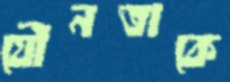
যৌনতাকে